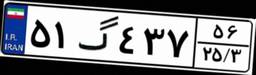
۵۱گ۴۳۷۵۶